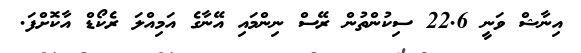
އިނާޝް ވަނީ 22.6 ސިކުންތުން ރޭސް ނިންމައި އޭނާގެ އަމިއްލަ ރެކޯޑް އާކޮށްފަ.